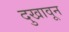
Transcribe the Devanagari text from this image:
दुखावून